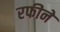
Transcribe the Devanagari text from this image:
रफीने